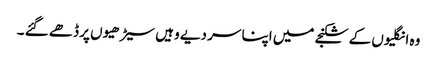
وہ انگلیوں کے شکنجے میں اپنا سر دیے وہیں سیڑھیوں پر ڈھے گئے ۔